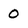
Character: o